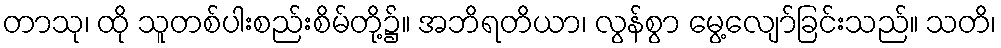
တာသု၊ ထို သူတစ်ပါးစည်းစိမ်တို့၌။ အဘိရတိယာ၊ လွန်စွာ မွေ့လျော်ခြင်းသည်။ သတိ၊